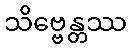
သိဗ္ဗေန္တဿ